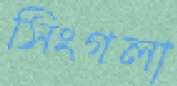
সিংগলা